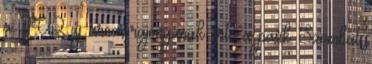
a TV2 új arca, rajonganak érte a pasik Szom­bat